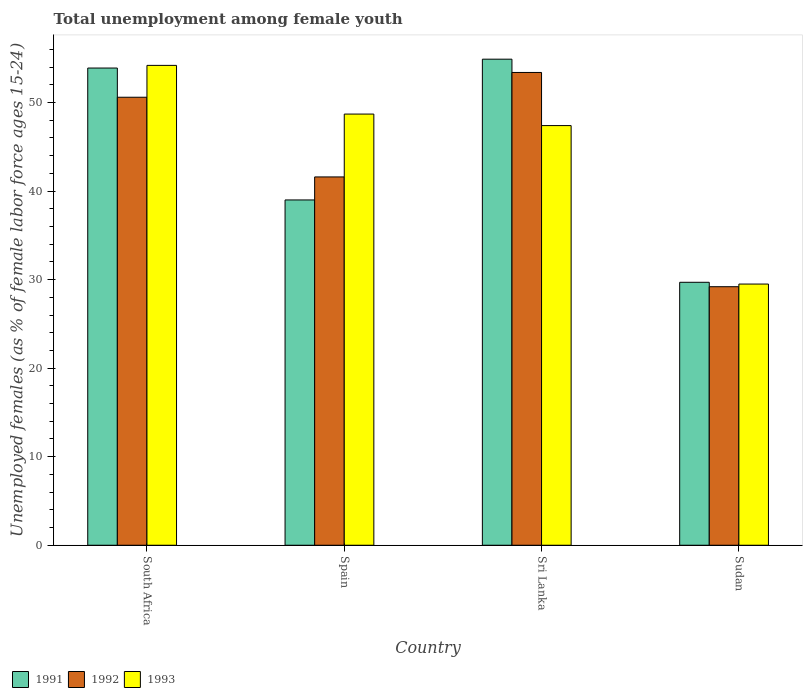
| Country | 1991 | 1992 | 1993 |
 | --- | --- | --- | --- |
 | South Africa | 53.9 | 50.6 | 54.2 |
 | Spain | 39 | 41.6 | 48.7 |
 | Sri Lanka | 54.9 | 53.4 | 47.4 |
 | Sudan | 29.7 | 29.2 | 29.5 |